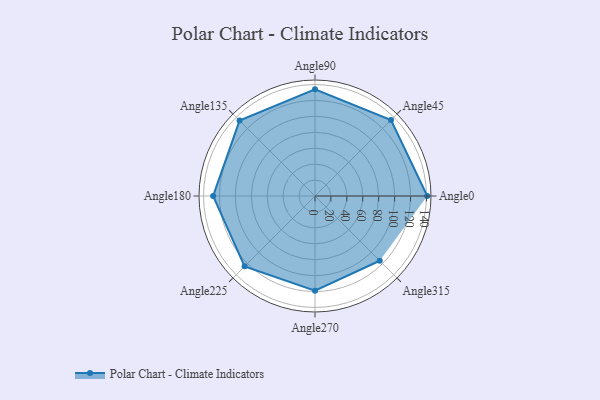
{"axis": {"x": "Angle", "y": "Radius"}, "legend": [""], "data": [{"x": "Angle0", "y": 141.0, "type": ""}, {"x": "Angle45", "y": 135.0, "type": ""}, {"x": "Angle90", "y": 134.0, "type": ""}, {"x": "Angle135", "y": 134.0, "type": ""}, {"x": "Angle180", "y": 128.0, "type": ""}, {"x": "Angle225", "y": 125.0, "type": ""}, {"x": "Angle270", "y": 119.0, "type": ""}, {"x": "Angle315", "y": 115.0, "type": ""}]}